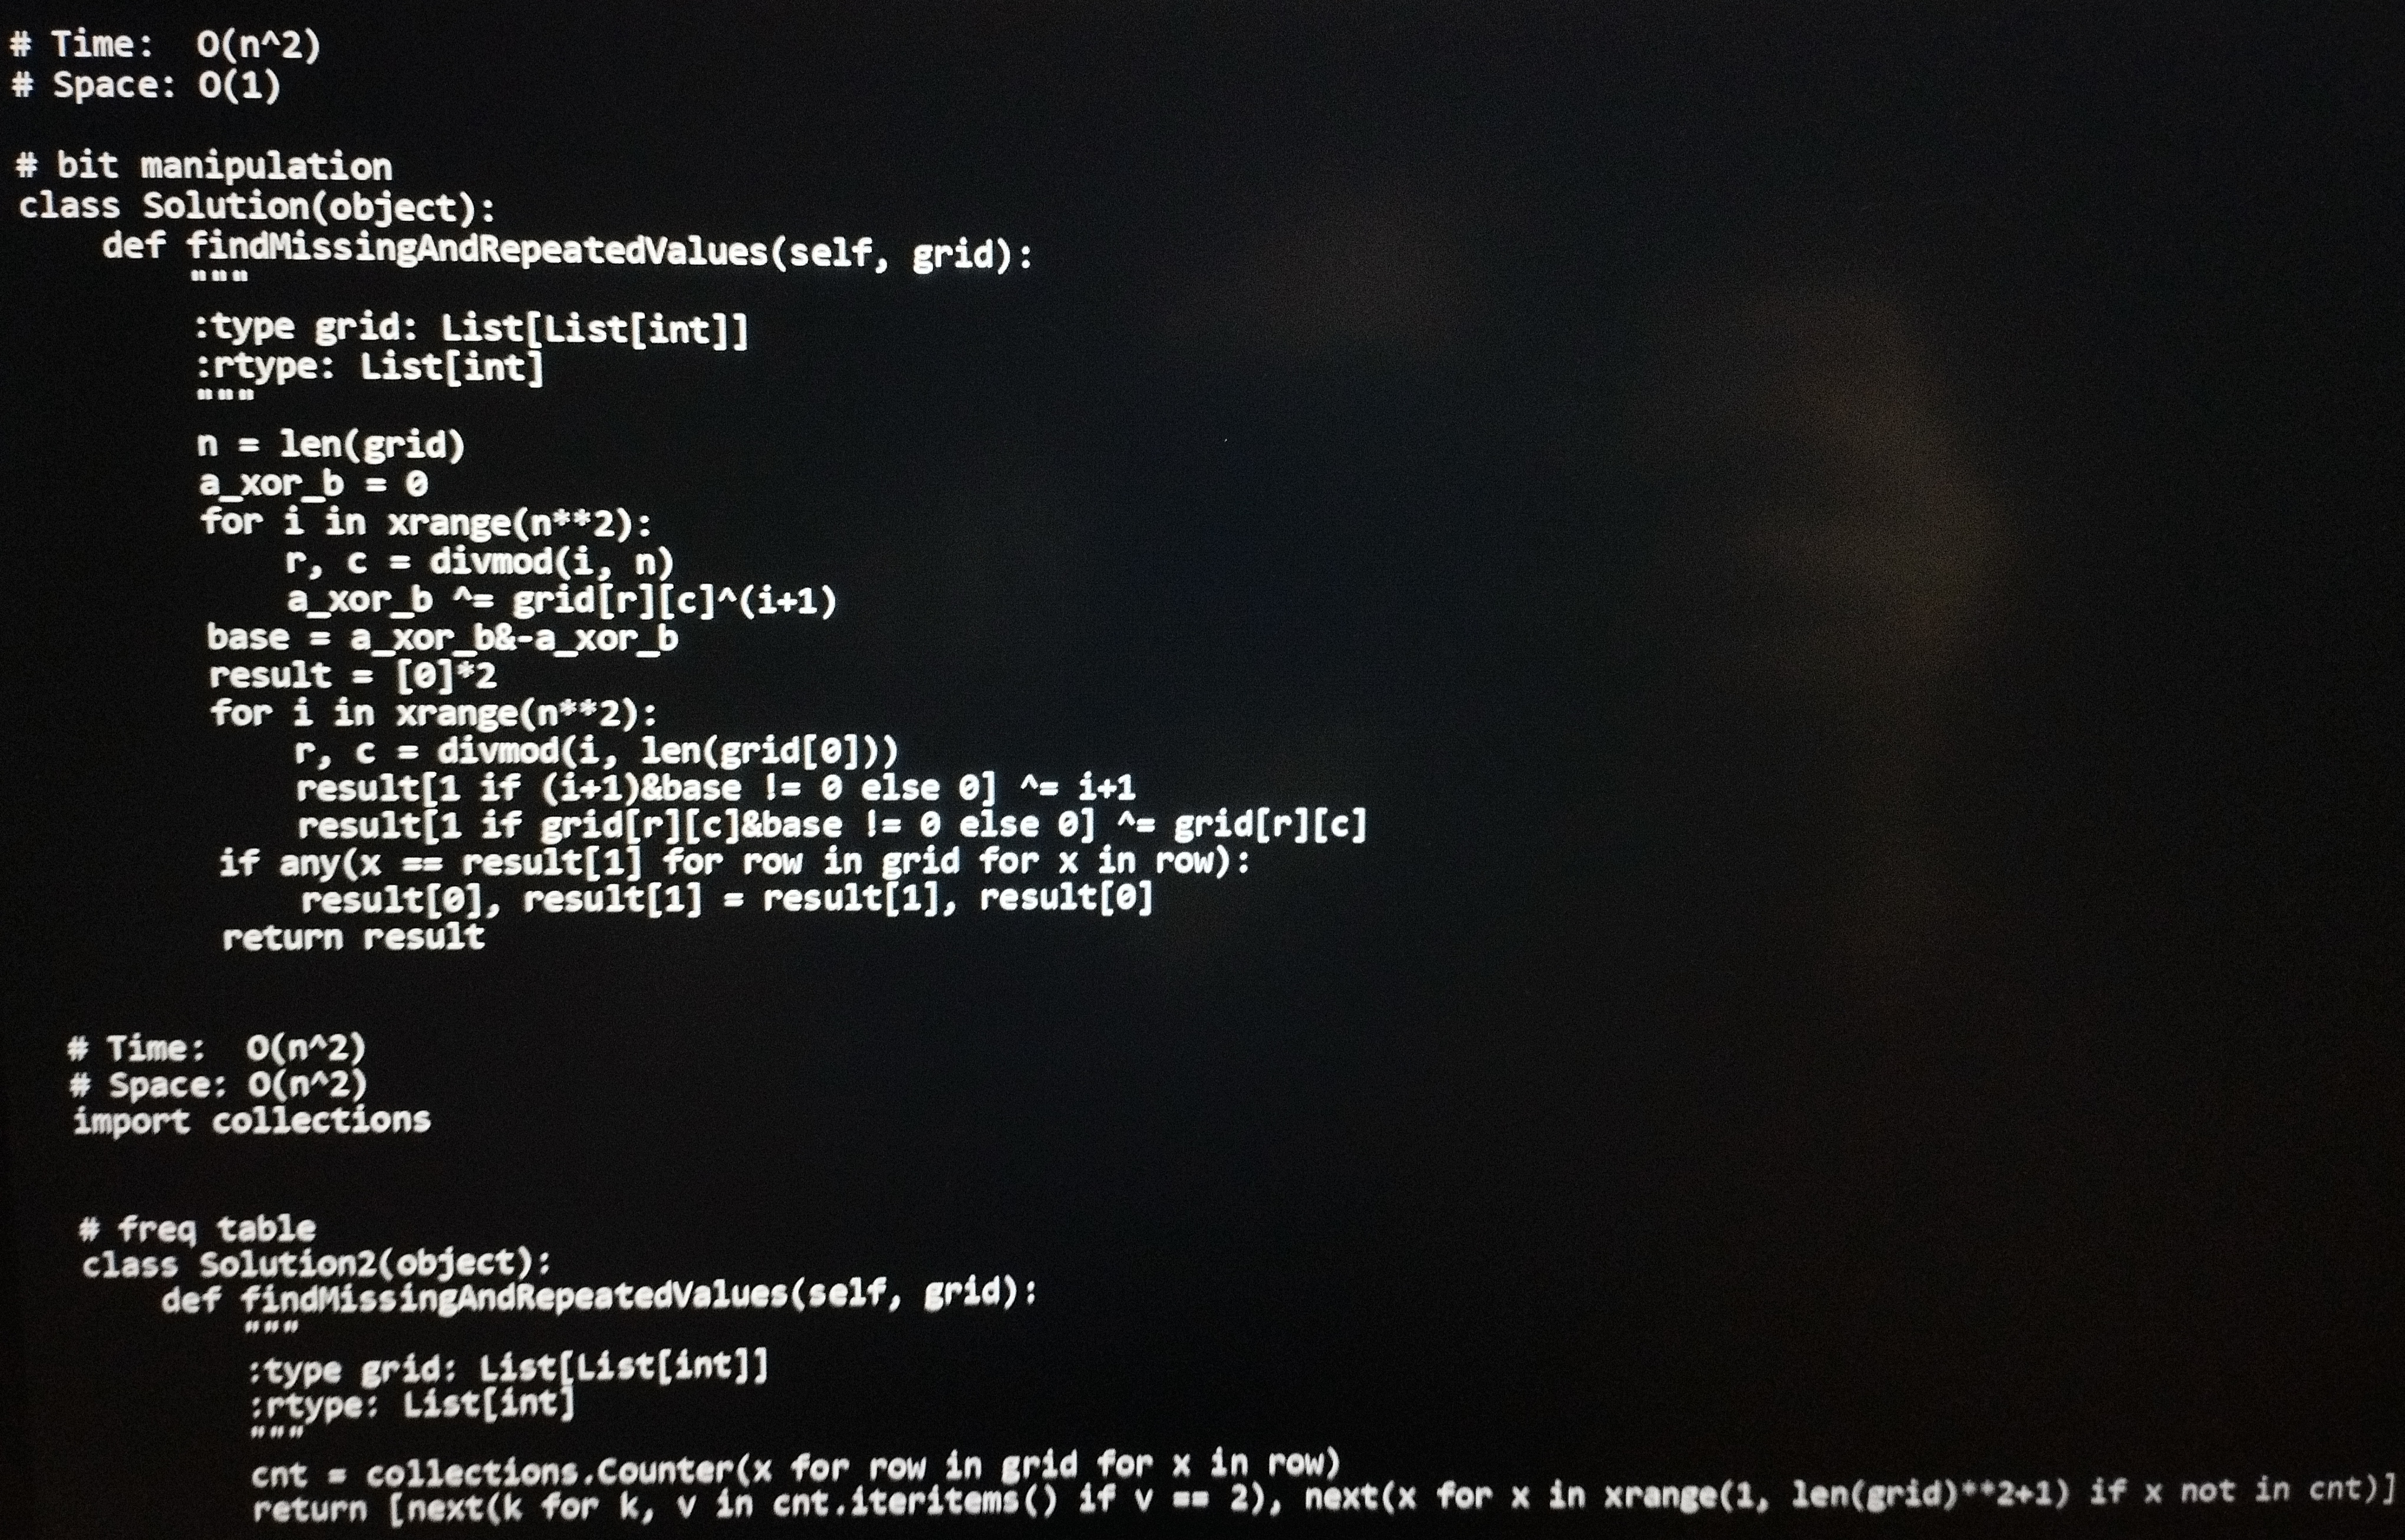
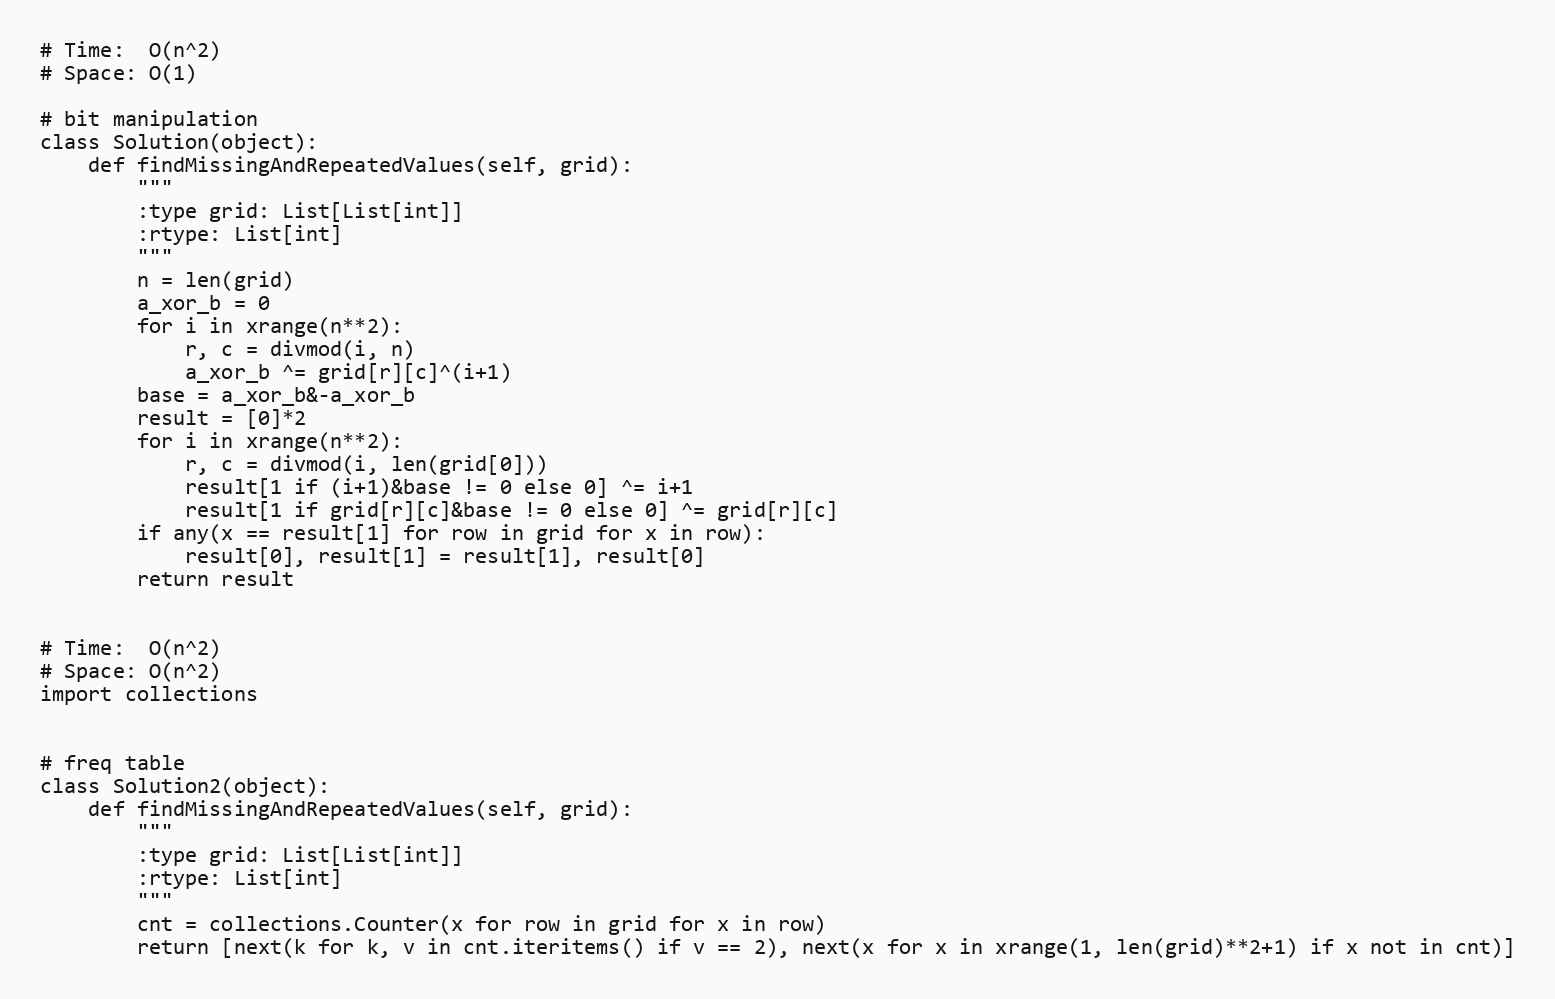
# Time:  O(n^2)
# Space: O(1)

# bit manipulation
class Solution(object):
    def findMissingAndRepeatedValues(self, grid):
        """
        :type grid: List[List[int]]
        :rtype: List[int]
        """
        n = len(grid)
        a_xor_b = 0
        for i in xrange(n**2):
            r, c = divmod(i, n)
            a_xor_b ^= grid[r][c]^(i+1)
        base = a_xor_b&-a_xor_b
        result = [0]*2
        for i in xrange(n**2):
            r, c = divmod(i, len(grid[0]))
            result[1 if (i+1)&base != 0 else 0] ^= i+1
            result[1 if grid[r][c]&base != 0 else 0] ^= grid[r][c]
        if any(x == result[1] for row in grid for x in row):
            result[0], result[1] = result[1], result[0]
        return result

# Time:  O(n^2)
# Space: O(n^2)
import collections

# freq table
class Solution2(object):
    def findMissingAndRepeatedValues(self, grid):
        """
        :type grid: List[List[int]]
        :rtype: List[int]
        """
        cnt = collections.Counter(x for row in grid for x in row)
        return [next(k for k, v in cnt.iteritems() if v == 2), next(x for x in xrange(1, len(grid)**2+1) if x not in cnt)]